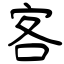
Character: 客